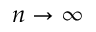
n \rightarrow \infty